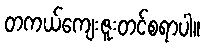
တကယ်ကျေးဇူးတင်စရာပါ။